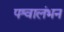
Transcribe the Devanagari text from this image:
पश्वालंभन